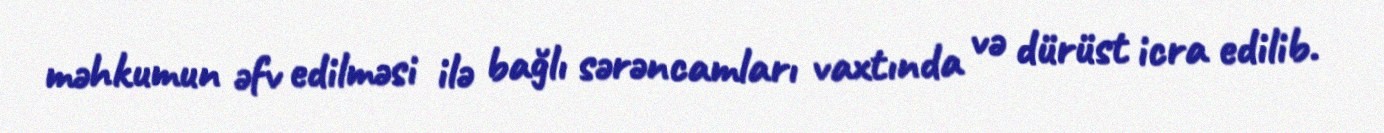
məhkumun əfv edilməsi ilə bağlı sərəncamları vaxtında və dürüst icra edilib.